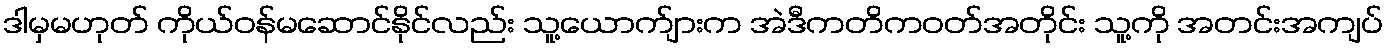
ဒါမှမဟုတ် ကိုယ်ဝန်မဆောင်နိုင်လည်း သူ့ယောက်ျားက အဲဒီကတိကဝတ်အတိုင်း သူ့ကို အတင်းအကျပ်